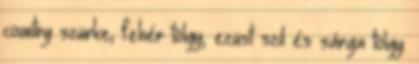
country szürke, fehér tölgy, ezüst szil és sárga tölgy.